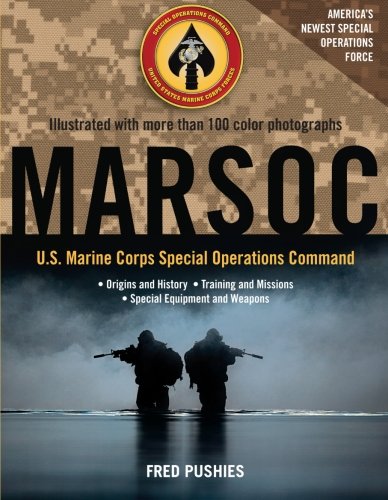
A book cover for MARSOC: U.S. Marine Corps Special Operations Command; Fred Pushies; Arts & Photography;